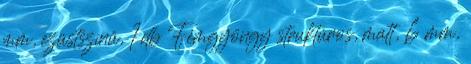
mm, ezüstszínű, 1 db Fémgyöngy struktúros, matt, 6 mm,